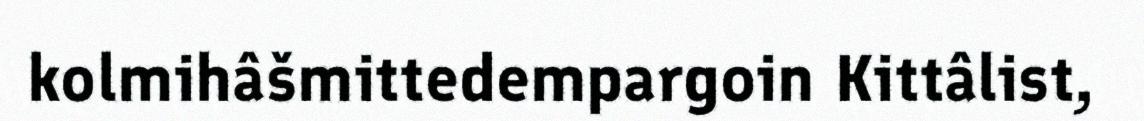
kolmihâšmittedempargoin Kittâlist,